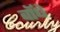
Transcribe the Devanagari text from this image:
बॉधे